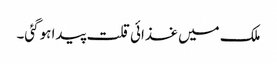
ملک میں غذائی قلت پیدا ہوگئی۔